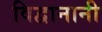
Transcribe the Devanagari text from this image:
विद्वानानी